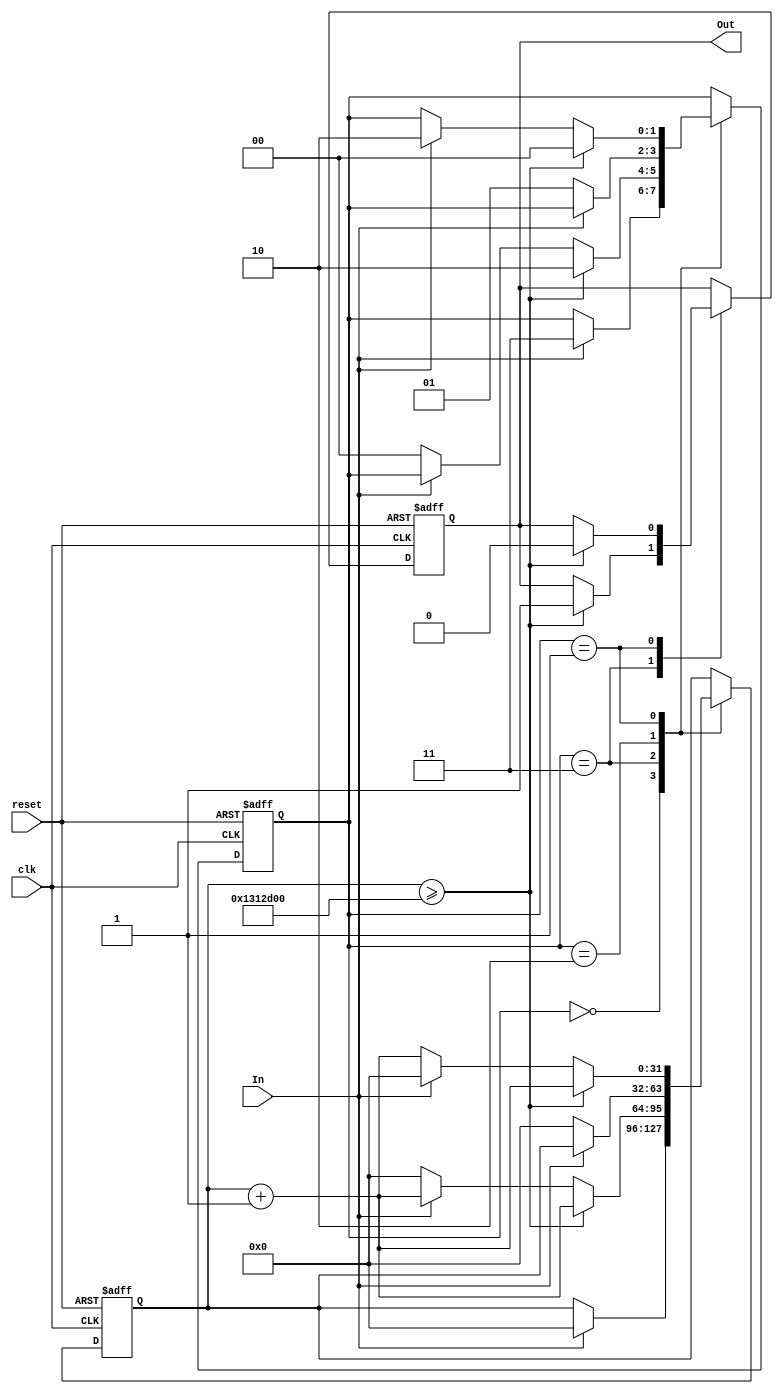
module DebouncedEdgeDetector (
    input wire clk,                // System clock
    input wire reset,              // Asynchronous reset
    input wire In,                 // Noisy input signal
    output reg Out                 // Clean output signal
);

    parameter DEBOUNCE_TIME = 20_000_000; // Example: 20 million clock cycles for ~1 second debounce time with a 20MHz clock

    reg [1:0] state;                // State register: 00 = stable low, 01 = bouncing low, 10 = stable high, 11 = bouncing high
    reg [31:0] debounce_counter;     // Debounce counter
    reg [1:0] last_stable_state;     // Last stable state of the input signal

    // State encoding
    localparam STABLE_LOW = 2'b00;
    localparam BOUNCING_LOW = 2'b01;
    localparam STABLE_HIGH = 2'b10;
    localparam BOUNCING_HIGH = 2'b11;

    // Sequential logic for state and debounce counter
    always @(posedge clk or posedge reset) begin
        if (reset) begin
            // Reset state and output
            state <= STABLE_LOW;
            debounce_counter <= 0;
            Out <= 0;
            last_stable_state <= STABLE_LOW; // Initialize to stable low
        end else begin
            case (state)
                STABLE_LOW: begin
                    if (In) begin
                        // Transition from stable low to bouncing high
                        state <= BOUNCING_HIGH;
                        debounce_counter <= 0; // Reset debounce counter
                    end
                end

                BOUNCING_HIGH: begin
                    debounce_counter <= debounce_counter + 1; // Increment debounce counter
                    if (debounce_counter >= DEBOUNCE_TIME) begin
                        // Debounce time reached, update state to stable high
                        state <= STABLE_HIGH;
                        Out <= 1; // Output high
                        last_stable_state <= STABLE_HIGH; // Update last stable state
                    end else if (!In) begin
                        // Input goes low, return to stable low
                        state <= STABLE_LOW;
                        debounce_counter <= 0; // Reset debounce counter
                    end
                end

                STABLE_HIGH: begin
                    if (!In) begin
                        // Transition from stable high to bouncing low
                        state <= BOUNCING_LOW;
                        debounce_counter <= 0; // Reset debounce counter
                    end
                end

                BOUNCING_LOW: begin
                    debounce_counter <= debounce_counter + 1; // Increment debounce counter
                    if (debounce_counter >= DEBOUNCE_TIME) begin
                        // Debounce time reached, update state to stable low
                        state <= STABLE_LOW;
                        Out <= 0; // Output low
                        last_stable_state <= STABLE_LOW; // Update last stable state
                    end else if (In) begin
                        // Input goes high, return to stable high
                        state <= STABLE_HIGH;
                        debounce_counter <= 0; // Reset debounce counter
                    end
                end

                default: begin
                    state <= STABLE_LOW; // Default state
                end
            endcase
        end
    end

endmodule